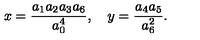
x = \frac { a _ { 1 } a _ { 2 } a _ { 3 } a _ { 6 } } { a _ { 0 } ^ { 4 } } , \quad y = \frac { a _ { 4 } a _ { 5 } } { a _ { 6 } ^ { 2 } } .